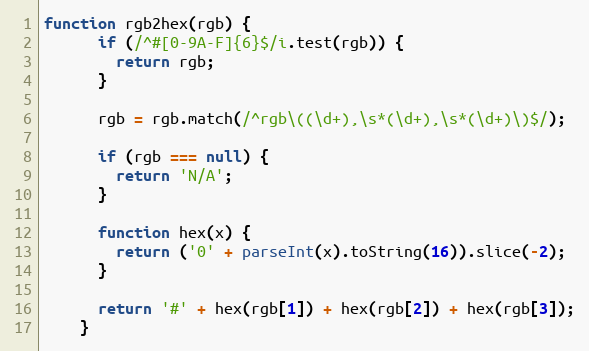
Language: JavaScript
function rgb2hex(rgb) {
      if (/^#[0-9A-F]{6}$/i.test(rgb)) {
        return rgb;
      }

      rgb = rgb.match(/^rgb\((\d+),\s*(\d+),\s*(\d+)\)$/);

      if (rgb === null) {
        return 'N/A';
      }

      function hex(x) {
        return ('0' + parseInt(x).toString(16)).slice(-2);
      }

      return '#' + hex(rgb[1]) + hex(rgb[2]) + hex(rgb[3]);
    }